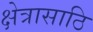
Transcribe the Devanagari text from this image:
क्षेत्रासाठि